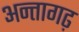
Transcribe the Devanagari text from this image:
अन्तागढ़